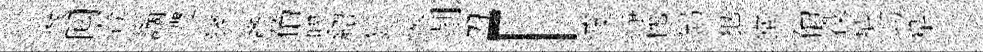
骸囘合謫澧鏟彦伯膠紹猜蜿削刀「葭凈枕鵠犯堂伯役臯謭皁